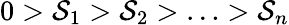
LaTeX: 0>\mathcal{S}_{1}>\mathcal{S}_{2}>\ldots>\mathcal{S}_{n}